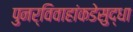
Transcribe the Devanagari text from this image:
पुनर्विवाहांकडेसुद्धा